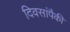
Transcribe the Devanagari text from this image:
दिवसांंपैकी